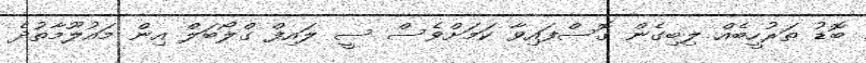
ބޮޑު ތަރުހީބެއް ލިބިގެން ގޮސްފައިވާ ކަމަށްވެސް ސީ ލައިފް ގްލޯބަލް އިން މައުލޫމާތުދެ